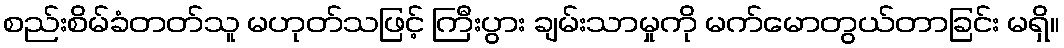
စည်းစိမ်ခံတတ်သူ မဟုတ်သဖြင့် ကြီးပွား ချမ်းသာမှုကို မက်မောတွယ်တာခြင်း မရှိ။